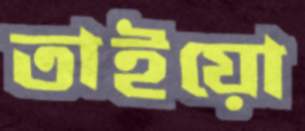
তাইয়ো